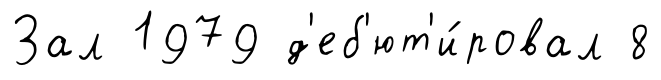
Зал 1979 д'еб'ют'и́ровал 8